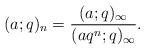
LaTeX: \begin{align*}(a;q)_n=\frac{(a;q)_\infty}{(aq^n;q)_\infty}.\end{align*}